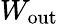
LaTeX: W_{\mathrm{{out}}}